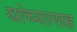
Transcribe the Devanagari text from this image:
यांंच्यासह